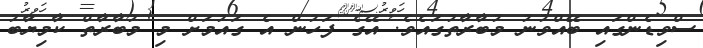
ސްވިޑެންގައި ބޭއްވުނު މުބާރާތުގައެވެ. އޭގެ ފަހުން އެ ގައުމަށް މި މުބާރާތް ކާމިޔާބު